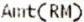
AMT(RM)